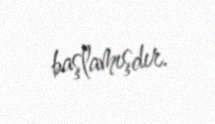
başlamışdır.